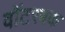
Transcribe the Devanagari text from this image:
वॉटरबक